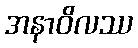
အနာဝိလဿ